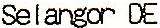
SELANGOR DE